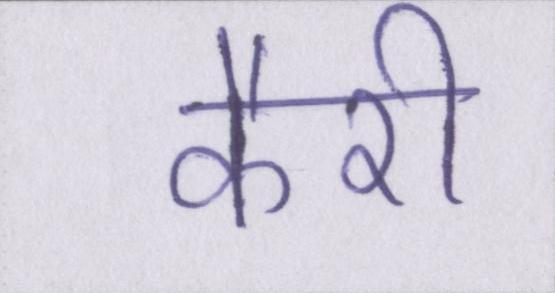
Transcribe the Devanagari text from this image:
कैरी